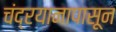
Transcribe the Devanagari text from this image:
चंद्रयानापासून